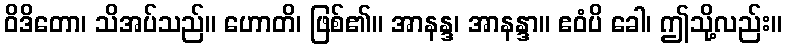
ဝိဒိတော၊ သိအပ်သည်။ ဟောတိ၊ ဖြစ်၏။ အာနန္ဒ၊ အာနန္ဒာ။ ဧဝံပိ ခေါ၊ ဤသို့လည်း။